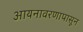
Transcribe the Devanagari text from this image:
आयनावरणापासून